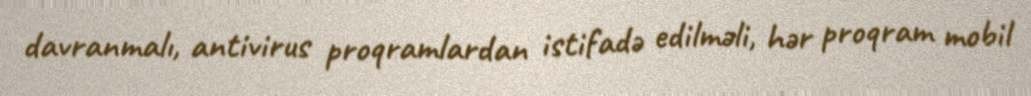
davranmalı, antivirus proqramlardan istifadə edilməli, hər proqram mobil